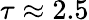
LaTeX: \tau\approx 2.5